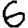
Digit: 6